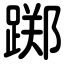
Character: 踯